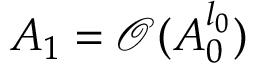
A _ { 1 } = \mathcal { O } ( A _ { 0 } ^ { l _ { 0 } } )